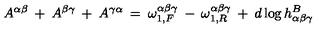
A ^ { \alpha \beta } \: + \: A ^ { \beta \gamma } \: + \: A ^ { \gamma \alpha } \: = \: \omega _ { 1 , F } ^ { \alpha \beta \gamma } \: - \: \omega _ { 1 , R } ^ { \alpha \beta \gamma } \: + \: d \log h _ { \alpha \beta \gamma } ^ { B }